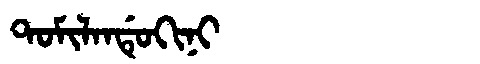
Manchu: ᡨᠣᠮᡳᠯᠠᠨᡩᡠᡴᡳᠨᡳ
Romanization: TOMILANDUKINI